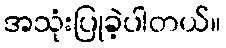
အသုံးပြုခဲ့ပါတယ်။